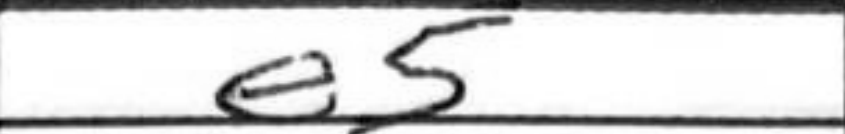
Transcription: e5